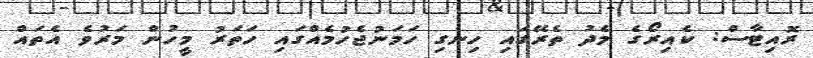
ރޮއިޓާސް: ކެއިރޯގެ މެދު ތެރޭގައި ހިނގި ހަމަނުޖެހުމެއްގައި ހަތަރު މީހުން މަރުވެ އެތައް